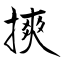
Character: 摤